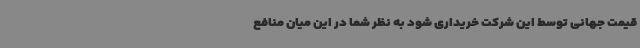
قیمت جهانی توسط این شرکت خریداری شود به نظر شما در این میان منافع